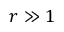
r \gg 1